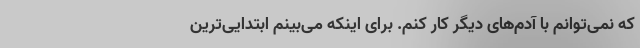
که نمی‌توانم با آدم‌های دیگر کار کنم. برای اینکه می‌بینم ابتدایی‌ترین